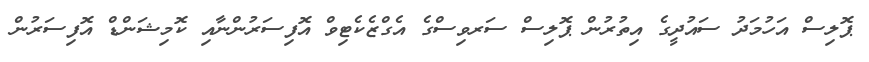
ޕޮލިސް އަހުމަދު ސައުދީގެ އިތުރުން ޕޮލިސް ސަރވިސްގެ އެގްޒެކެޓިވް އޮފިސަރުންނާއި ކޮމިޝަންޑް އޮފިސަރުން